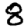
Digit: 8